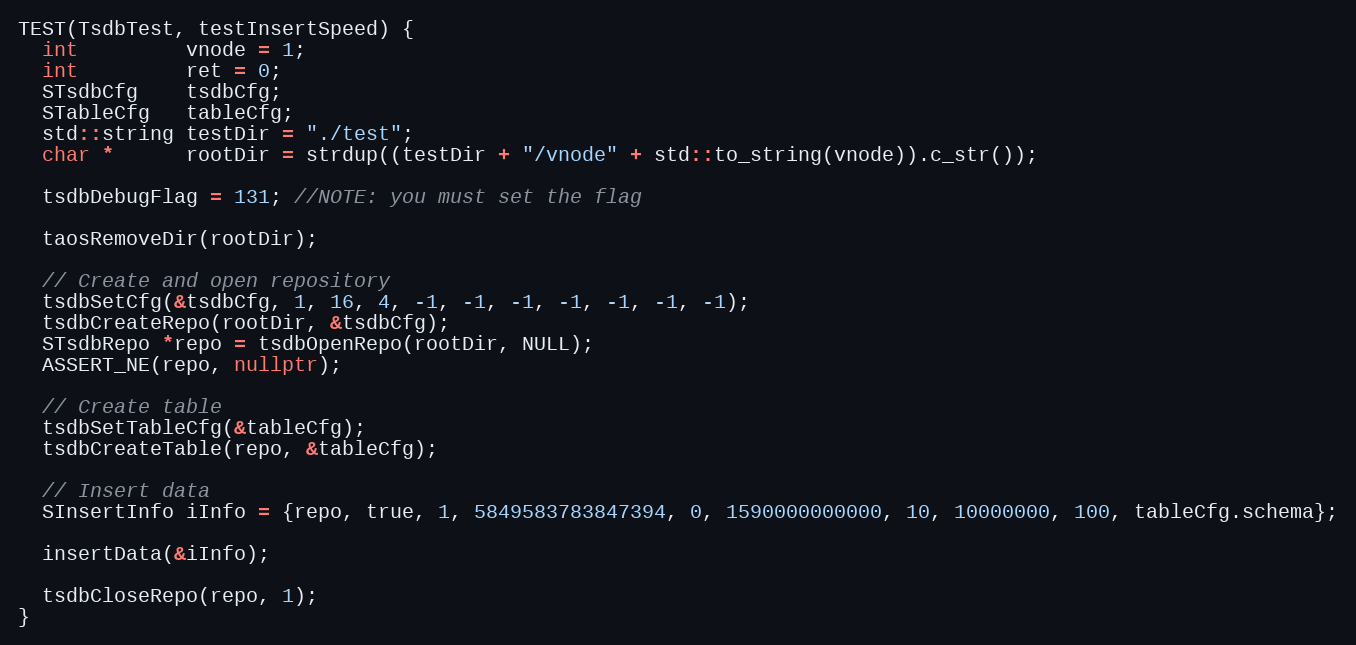
Language: C++
TEST(TsdbTest, testInsertSpeed) {
  int         vnode = 1;
  int         ret = 0;
  STsdbCfg    tsdbCfg;
  STableCfg   tableCfg;
  std::string testDir = "./test";
  char *      rootDir = strdup((testDir + "/vnode" + std::to_string(vnode)).c_str());

  tsdbDebugFlag = 131; //NOTE: you must set the flag

  taosRemoveDir(rootDir);

  // Create and open repository
  tsdbSetCfg(&tsdbCfg, 1, 16, 4, -1, -1, -1, -1, -1, -1, -1);
  tsdbCreateRepo(rootDir, &tsdbCfg);
  STsdbRepo *repo = tsdbOpenRepo(rootDir, NULL);
  ASSERT_NE(repo, nullptr);

  // Create table
  tsdbSetTableCfg(&tableCfg);
  tsdbCreateTable(repo, &tableCfg);

  // Insert data
  SInsertInfo iInfo = {repo, true, 1, 5849583783847394, 0, 1590000000000, 10, 10000000, 100, tableCfg.schema};

  insertData(&iInfo);

  tsdbCloseRepo(repo, 1);
}